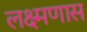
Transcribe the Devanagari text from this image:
लक्ष्मणास